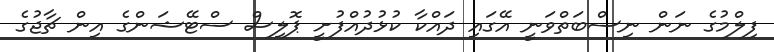
ފިލްމުގެ ނަން ނިސްބަތްވަނީ އޭގައި ދައްކާ ކުޅުދުއްފުށީ ޕޮލިސް ސްޓޭޝަންގެ އިން ޗާޖުގެ